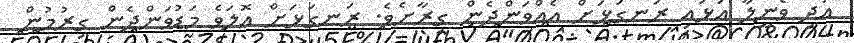
އަދި ވެނީލާ އަޅައި ރަނގަޅަށް އެއްވަންދެން ގިރާށެވެ. ރަނގަޅަށް އޮލަވެ މަޑުވަންދެން ގިރުމުން